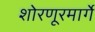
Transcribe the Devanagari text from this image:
शोरणूरमार्गे